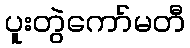
ပူးတွဲကော်မတီ